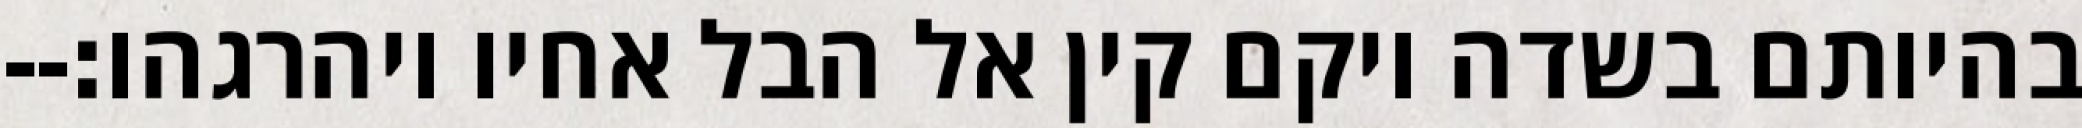
בהיותם בשדה ויקם קין אל הבל אחיו ויהרגהו׃--